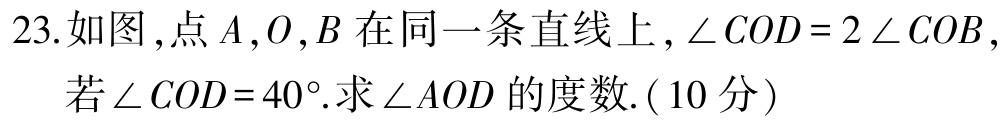
23.如图，点\(A,O,B\)在同一条直线上，\(\angle COD = 2\angle COB\)，若\(\angle COD = 40^{\circ}\).求\(\angle AOD\)的度数.(10分)